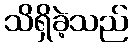
သိရှိခဲ့သည်